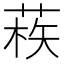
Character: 𦳿